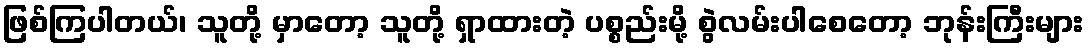
ဖြစ်ကြပါတယ်၊ သူတို့ မှာတော့ သူတို့ ရှာထားတဲ့ ပစ္စည်းမို့ စွဲလမ်းပါစေတော့ ဘုန်းကြီးများ